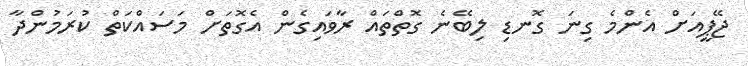
ޖޭޕީއަށް އެންމެ ގިނަ ގޮނޑި ލިބޭނެ ގޮތްތައް ރާވައިގެން އެގޮތަށް މަސައްކަތް ކުރަމުންދާ